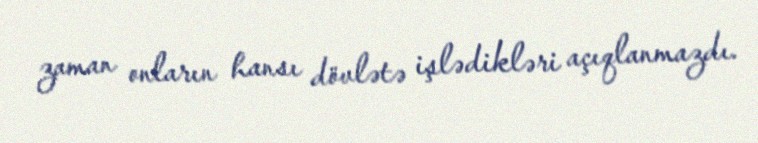
zaman onların hansı dövlətə işlədikləri açıqlanmazdı.